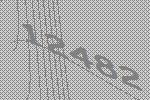
12482